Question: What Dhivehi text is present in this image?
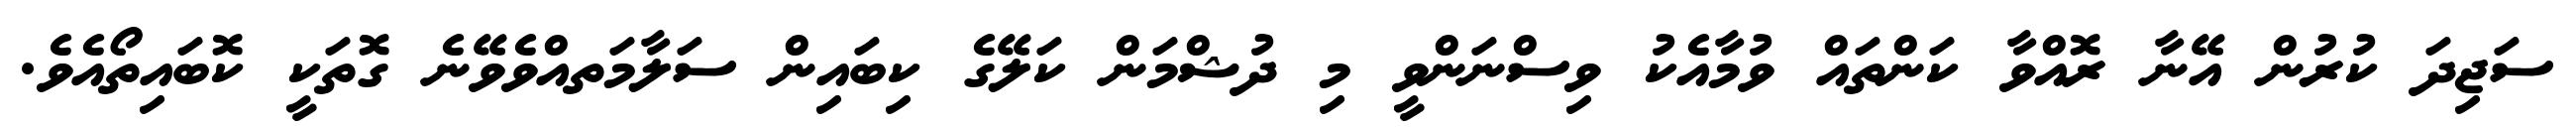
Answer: ސަޖިދަ ކުރުން އޭނާ ރޮއްވާ ކަންތައް ވުމާއެކު ވިސްނަންވީ މި ދުޝްމަން ކަލޭގެ ކިބައިން ސަލާމަތއްވެވޭނެ ގޮތަކީ ކޮބައިތޯއެވެ.